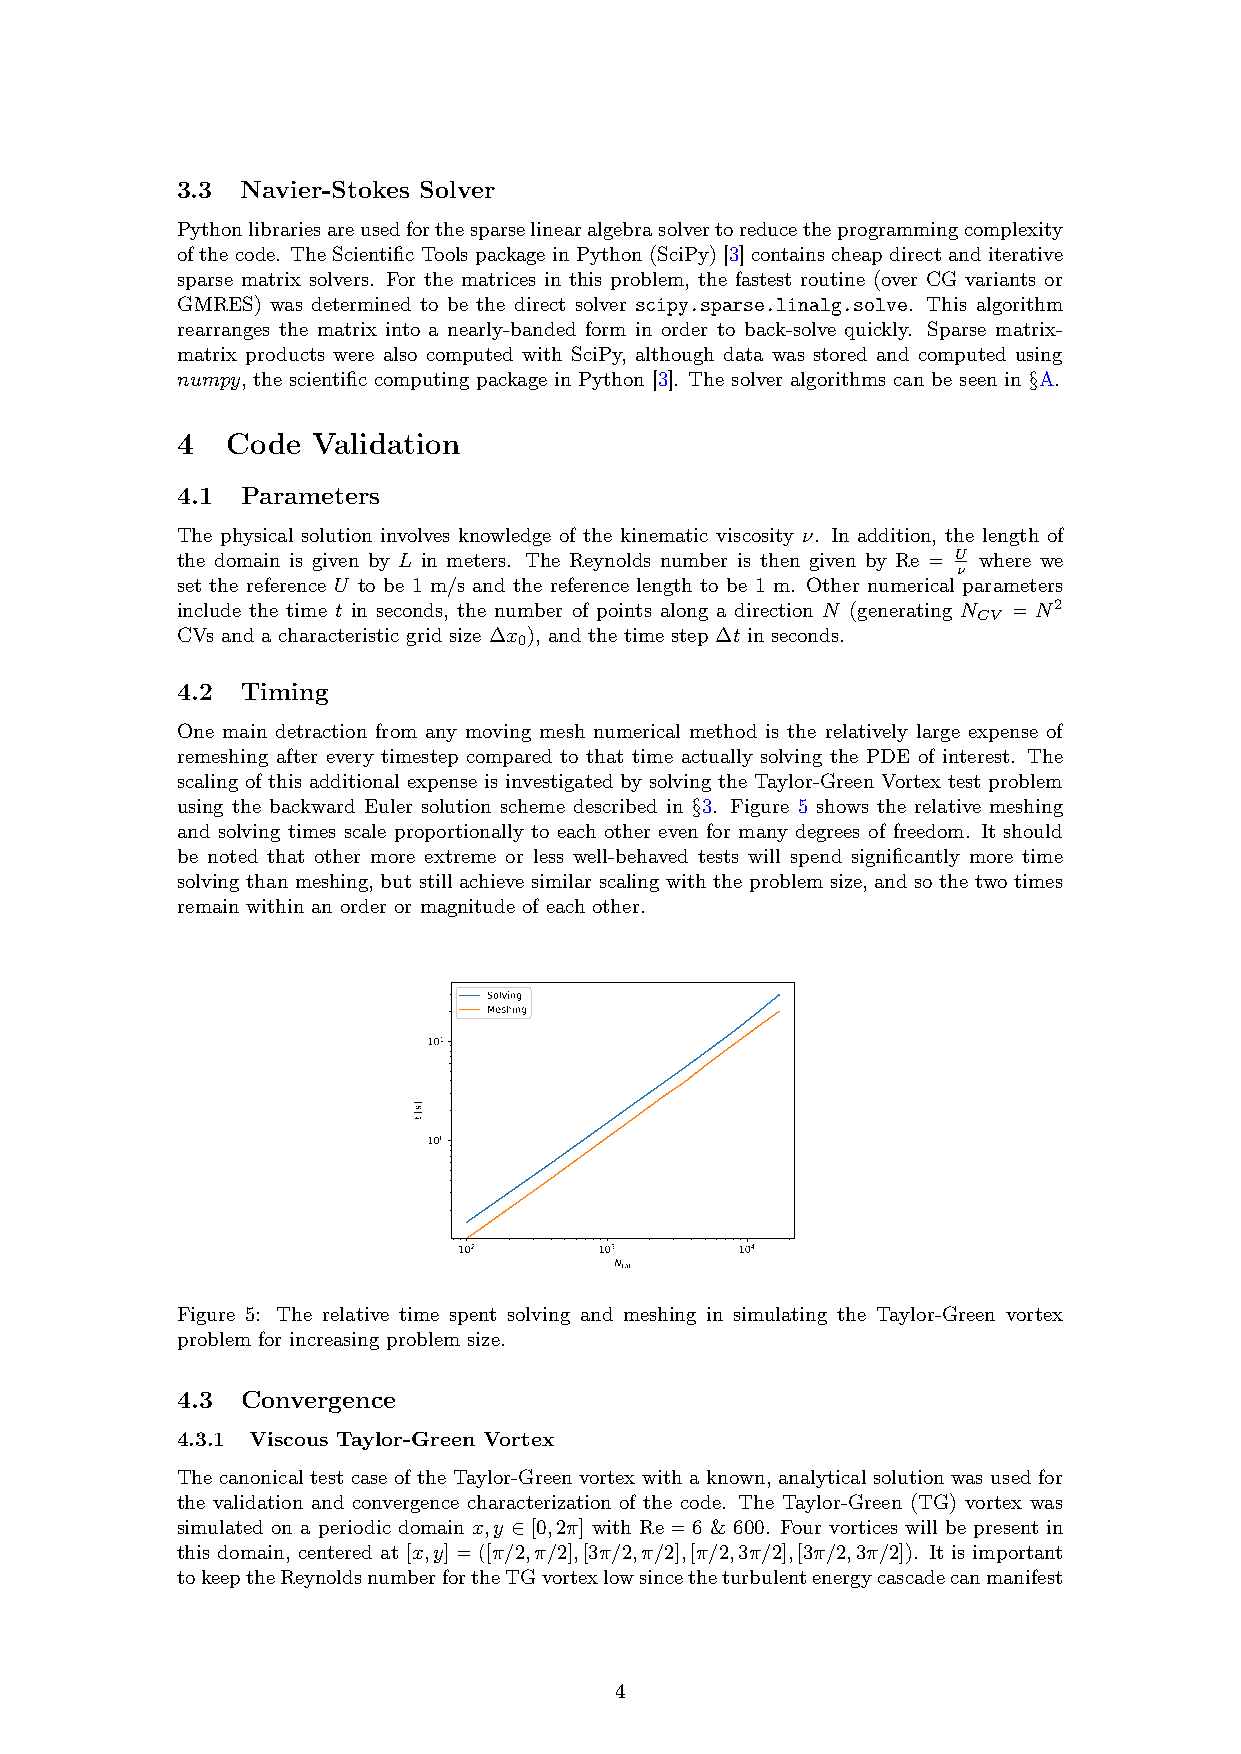
3.3 Navier-Stokes Solver
 Pythonlibrariesareusedforthesparselinearalgebrasolvertoreducetheprogrammingcomplexity
 of the code. The Scientific Tools package in Python (SciPy) [3] contains cheap direct and iterative
 sparse matrix solvers. For the matrices in this problem, the fastest routine (over CG variants or
 GMRES) was determined to be the direct solver scipy.sparse.linalg.solve. This algorithm
 rearranges the matrix into a nearly-banded form in order to back-solve quickly. Sparse matrix-
 matrix products were also computed with SciPy, although data was stored and computed using
 numpy, the scientific computing package in Python [3]. The solver algorithms can be seen in §A.
 4  Code  Validation
 4.1 Parameters
 The physical solution involves knowledge of the kinematic viscosity ν. In addition, the length of
 the domain is given by L in meters. The Reynolds number is then given by Re = U where we
 ν
 set the reference U to be 1 m/s and the reference length to be 1 m. Other numerical parameters
 include the time t in seconds, the number of points along a direction N (generating N = N2
 CV
 CVs and a characteristic grid size ∆x ), and the time step ∆t in seconds.
 0
 4.2 Timing
 One main detraction from any moving mesh numerical method is the relatively large expense of
 remeshing after every timestep compared to that time actually solving the PDE of interest. The
 scaling of this additional expense is investigated by solving the Taylor-Green Vortex test problem
 using the backward Euler solution scheme described in §3. Figure 5 shows the relative meshing
 and solving times scale proportionally to each other even for many degrees of freedom. It should
 be noted that other more extreme or less well-behaved tests will spend significantly more time
 solving than meshing, but still achieve similar scaling with the problem size, and so the two times
 remain within an order or magnitude of each other.
 Solving
 Meshing
 101
 100
 102       103      104
 Ntot
 Figure 5: The relative time spent solving and meshing in simulating the Taylor-Green vortex
 problem for increasing problem size.
 4.3 Convergence
 4.3.1 Viscous Taylor-Green Vortex
 The canonical test case of the Taylor-Green vortex with a known, analytical solution was used for
 the validation and convergence characterization of the code. The Taylor-Green (TG) vortex was
 simulated on a periodic domain x,y ∈[0,2π] with Re=6 & 600. Four vortices will be present in
 this domain, centered at [x,y]=([π/2,π/2],[3π/2,π/2],[π/2,3π/2],[3π/2,3π/2]). It is important
 tokeeptheReynoldsnumberfortheTGvortexlowsincetheturbulentenergycascadecanmanifest
 4
 ]s[t